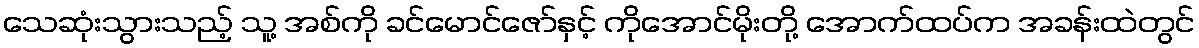
သေဆုံးသွားသည့် သူ့ အစ်ကို ခင်မောင်ဇော်နှင့် ကိုအောင်မိုးတို့ အောက်ထပ်က အခန်းထဲတွင်